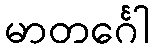
မာတင်္ဂေါ